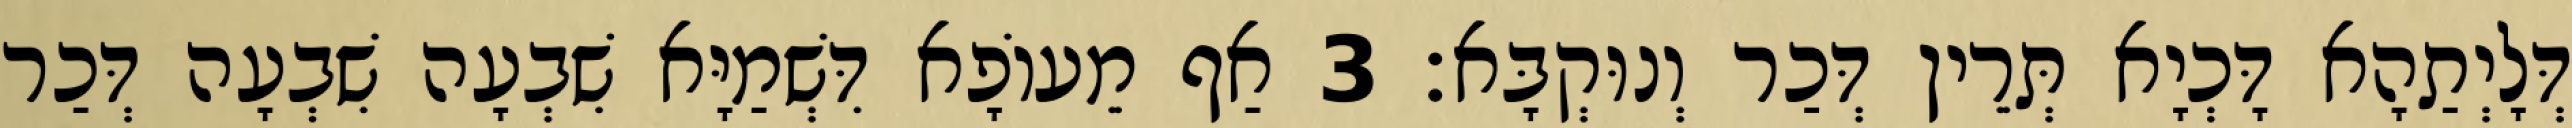
דְּלָיְתַהָא דָּכְיָא תְּרֵין דְּכַר וְנוּקְבָּא׃ 3 אַף מֵעוֹפָא דִּשְׁמַיָּא שִׁבְעָה שִׁבְעָה דְּכַר